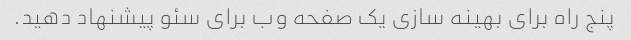
پنج راه برای بهینه سازی یک صفحه وب برای سئو پیشنهاد دهید.